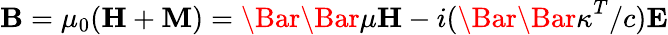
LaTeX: \textbf{B}=\mu_{0}(\textbf{H}+\textbf{M})=\Bar{\Bar{\mu}}\textbf{H}-i(\Bar{\Bar{\kappa}}^{T}/c)\textbf{E}